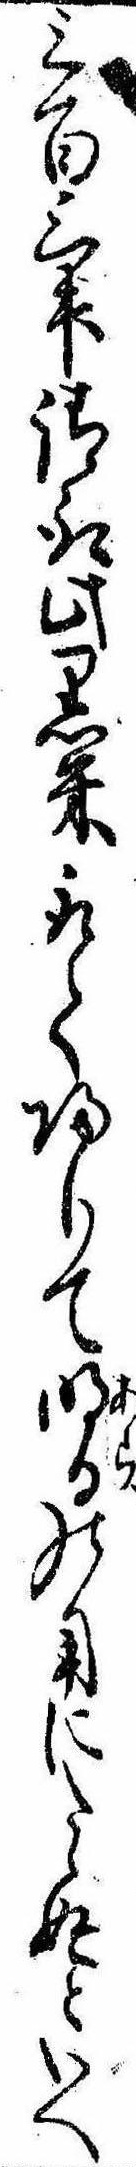
三百三升請取此黒米取て帰りて明日の用にたゝぬといへ